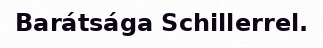
Barátsága Schillerrel.